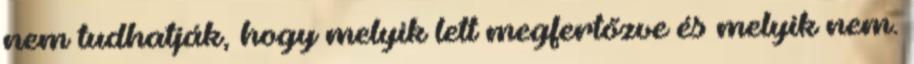
nem tudhatják, hogy melyik lett megfertőzve és melyik nem.